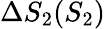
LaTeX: \Delta S_{2}(S_{2})